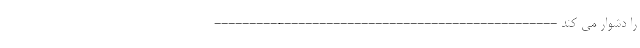
را دشوار می کند -------------------------------------------------